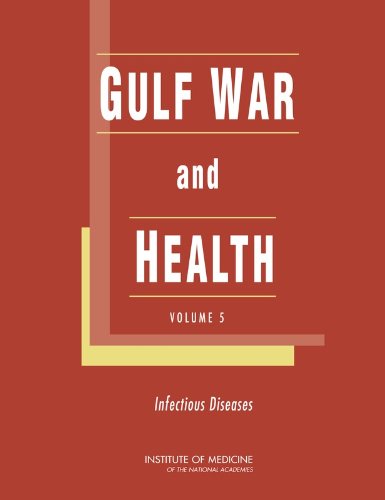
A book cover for Gulf War and Health:: Volume 5. Infectious Diseases; Committee on Gulf War and Health: Infectious Diseases; History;